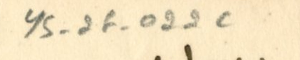
YS_2F_022c